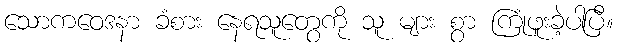
သောကဝေဒနာ ခံစား နေရသူတွေကို သူ များ စွာ ကြုံဖူးခဲ့ပါပြီ။